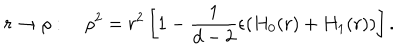
LaTeX: r \rightarrow \rho : \quad \rho ^ { 2 } = r ^ { 2 } \left[ 1 - \frac { 1 } { d - 2 } \epsilon ( H _ { 0 } ( r ) + H _ { 1 } ( r ) ) \right] .